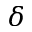
\delta